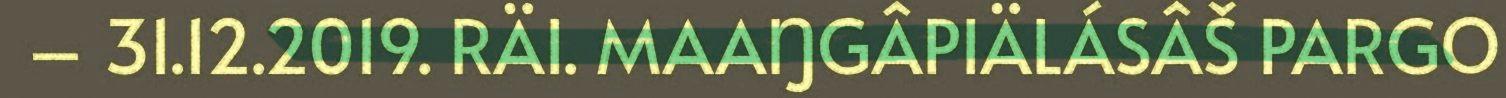
– 31.12.2019. RÄI. MAAŊGÂPIÄLÁSÂŠ PARGO